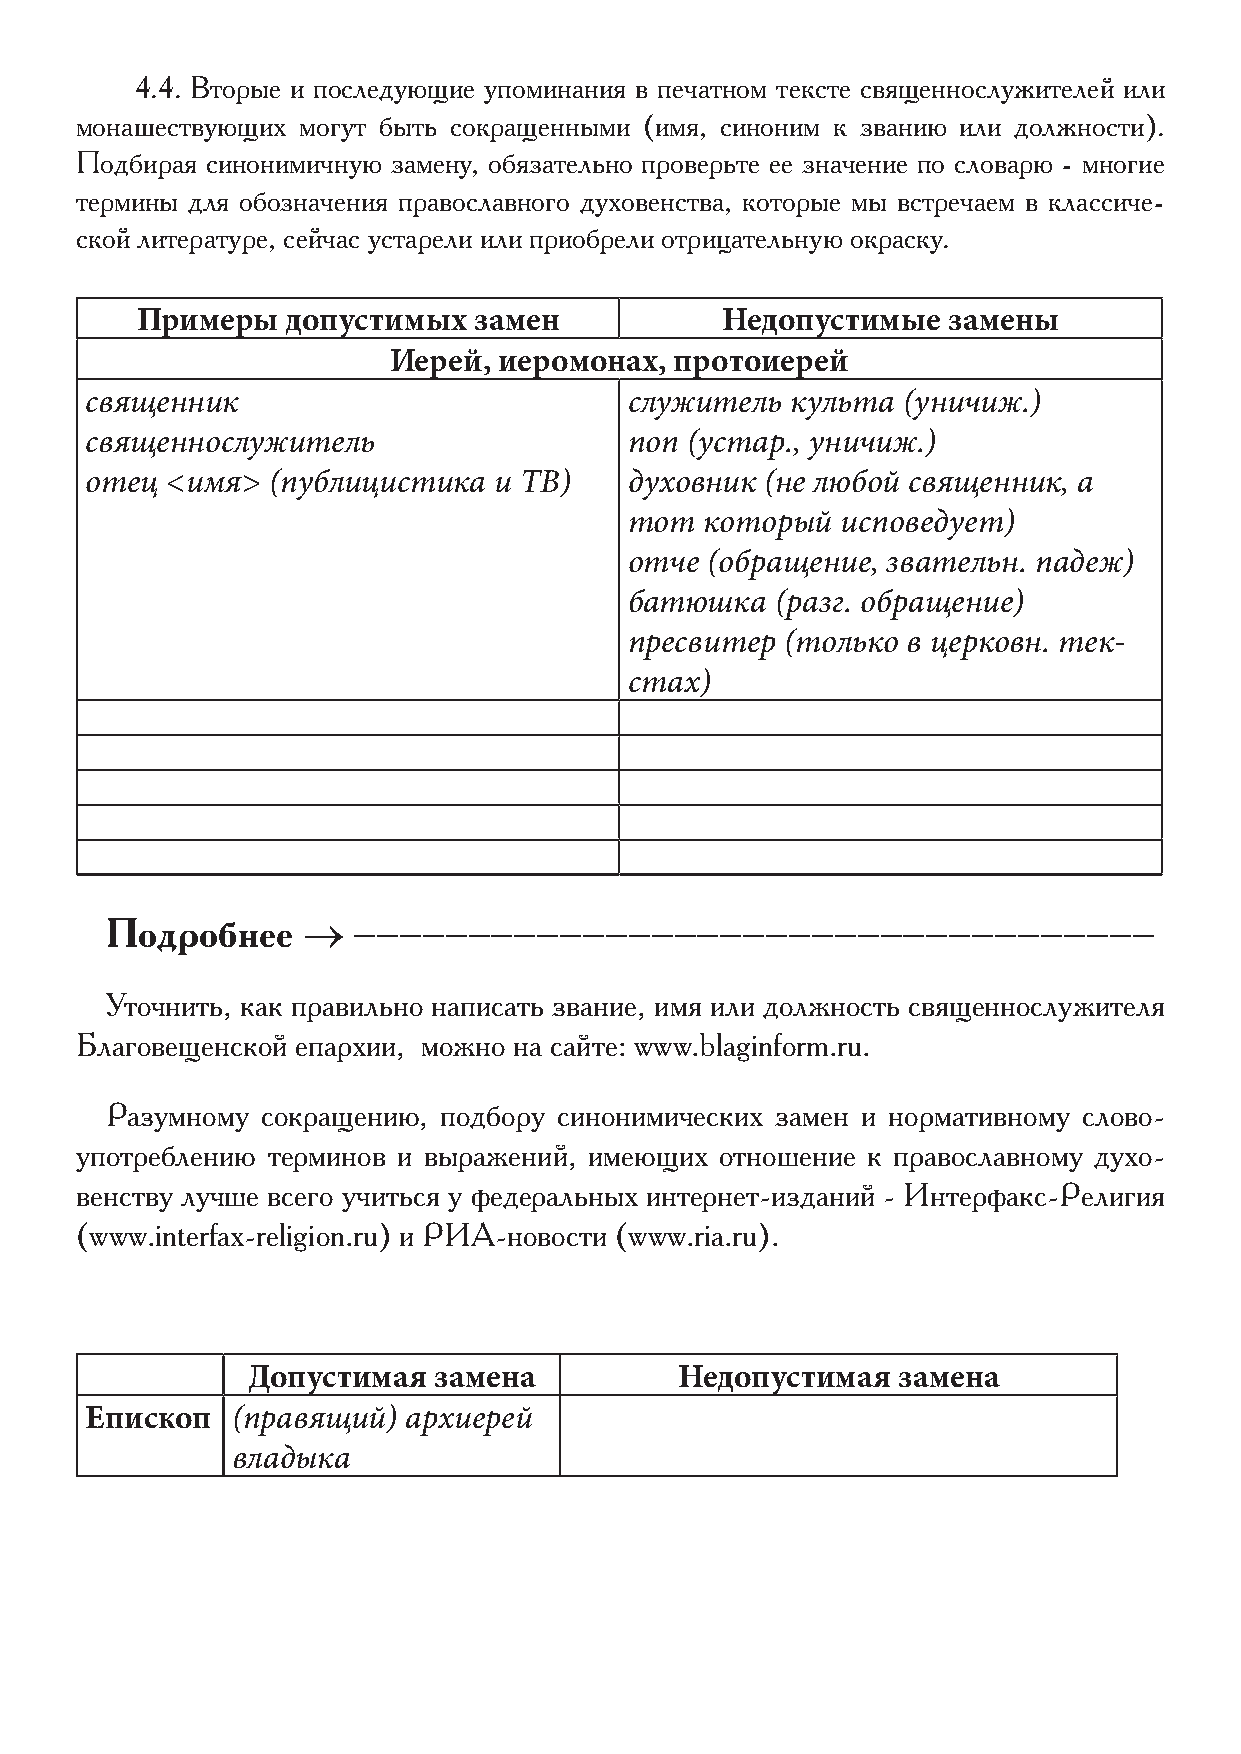
4.4. Вторые и последующие упоминания в печатном тексте священнослужителей или
 монашествующих могут быть сокращенными (имя, синоним к званию или должности).
 Подбирая синонимичную замену, обязательно проверьте ее значение по словарю - многие
 термины для обозначения православного духовенства, которые мы встречаем в классиче-
 ской литературе, сейчас устарели или приобрели отрицательную окраску.
 Примеры   допустимых  замен            Недопустимые   замены
 Иерей, иеромонах,  протоиерей
 священник                           служитель культа  (уничиж.)
 священнослужитель                   поп (устар., уничиж.)
 отец <имя>  (публицистика  и ТВ)    духовник (не любой священник, а
 тот  который  исповедует)
 отче (обращение, звательн. падеж)
 батюшка  (разг. обращение)
 пресвитер (только в церковн. тек-
 стах)
 Подробнее    →  -----------------------------------
 Уточнить, как правильно написать звание, имя или должность священнослужителя
 Благовещенской епархии, можно на сайте: www.blaginform.ru.
 Разумному сокращению, подбору синонимических замен и нормативному слово-
 употреблению терминов и выражений, имеющих отношение к православному духо-
 венству лучше всего учиться у федеральных интернет-изданий - Интерфакс-Религия
 (www.interfax-religion.ru) и РИА-новости (www.ria.ru).
 Допустимая   замена          Недопустимая  замена
 Епископ  (правящий)  архиерей
 владыка